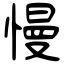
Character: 慢